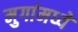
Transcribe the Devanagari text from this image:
मुगांमध्ये